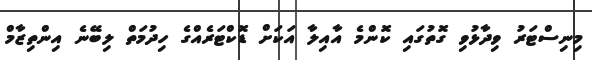
މިނިސްޓަރު ވިދާޅުވި ގޮތުގައި ކޮންމެ އާއިލާ އަކަށް ޑޮކްޓަރެއްގެ ހިދުމަތް ލިބޭނެ އިންތިޒާމް